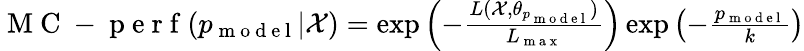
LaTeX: \begin{array}{r}{\mathrm{~M~C~-~p~e~r~f~}({p_{\mathrm{~m~o~d~e~l~}}}|\mathcal X)=\exp\left(-\frac{L(\mathcal X,\theta_{p_{\mathrm{~m~o~d~e~l~}}})}{L_{\mathrm{~m~a~x~}}}\right)\exp\left(-\frac{p_{\mathrm{~m~o~d~e~l~}}}{k}\right)}\end{array}